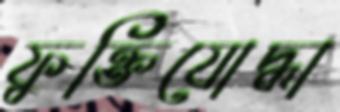
ফুক্তিযোদ্ধা